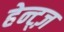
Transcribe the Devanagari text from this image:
हेन्ट्ज़